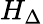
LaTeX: H_{\Delta}